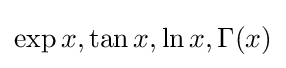
\exp x,\tan x,\ln x,\Gamma (x)